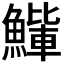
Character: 𫙰